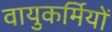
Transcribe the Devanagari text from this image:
वायुकर्मियों